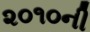
૨૦૧૦ની